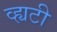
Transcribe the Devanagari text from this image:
व्ह्यटी